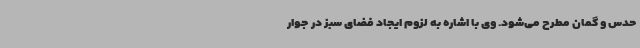
حدس و گمان مطرح می‌شود. وی با اشاره به لزوم ایجاد فضای سبز در جوار